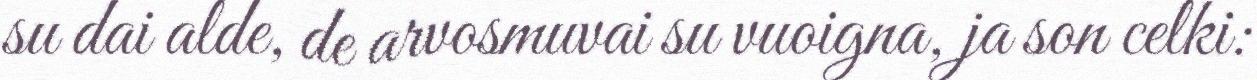
su dai alde, de arvosmuvai su vuoigna, ja son celki: